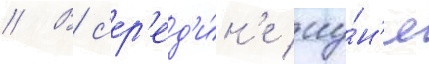
// В с'ер'ед'и́н'е иу́н'я